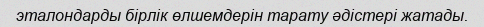
эталондарды бірлік өлшемдерін тарату әдістері жатады.